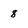
Character: 8